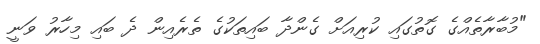
"މުބާރާތެއްގެ ގޮތުގައި ކުރިއަށް ގެންދާ ބައިތަކުގެ ތެރެއިން ދެ ބައި މިހާރު ވަނީ